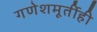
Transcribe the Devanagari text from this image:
गणेशमूर्तीही